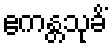
ဧကန္တသုခိံ